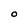
Character: O